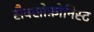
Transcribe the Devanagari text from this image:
सैक्सोफ़ोनिस्ट